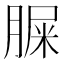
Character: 䐖